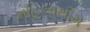
મહિલાથીમ